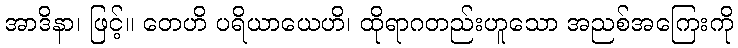
အာဒိနာ၊ ဖြင့်။ တေဟိ ပရိယာယေဟိ၊ ထိုရာဂတည်းဟူသော အညစ်အကြေးကို